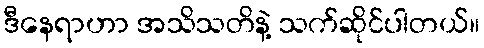
ဒီနေရာဟာ အသိသတိနဲ့ သက်ဆိုင်ပါတယ်။